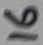
Text: 16